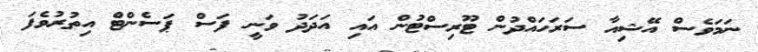
ނަމަވެސް އޭޝިއާ ސަރަހައްދުން ޓޫރިސްޓުން އައި އަދަދު ވަނީ ފަސް ޕަސެންޓް އިތުރުވެފަ